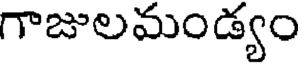
గాజులమండ్యం